Report of the Indian Hemp Drugs Commission, 1894-1895 - Volume VI
Year: 1894
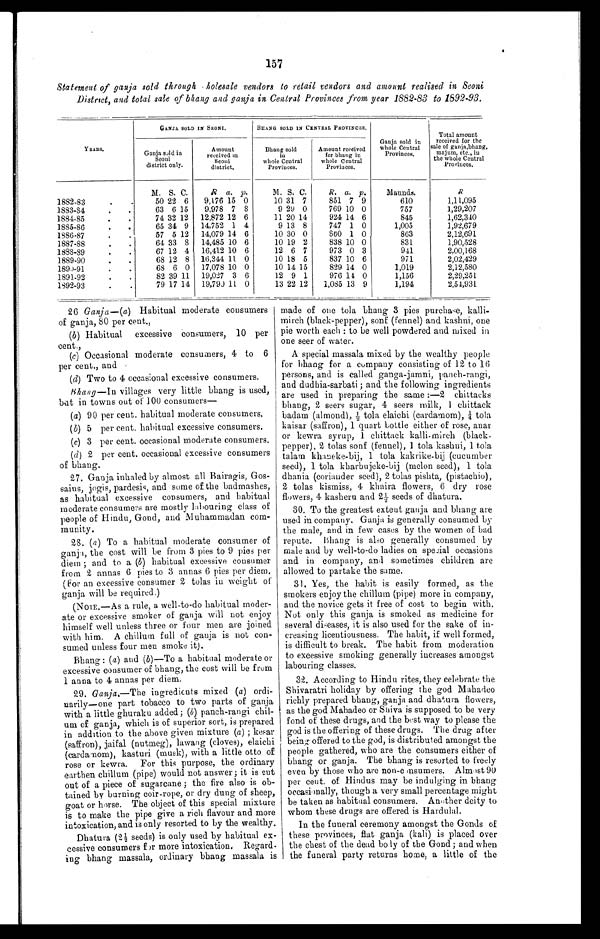
157
Statement of ganja sold through holesale vendors to retail vendors and amount realised in Seoni
District, and total sale of bhang and ganja in Central Provinces from year 1882-83 to 1892-93.
YEARS.
GANJA SOLD IN SEONI.
BIIANG SOLD IN CENTRAL PROVINCES.
Ganja sold in
whole Central
Provinces.
Total amount
received for the
sale of ganja,bhang
majum, etc., in
the whole Central
Provinces.
Ganja sold in
Seoni
district only.
A mount
received in
Seoni
district.
Bhang sold
in
whole Central
Provinces.
Amount received
for bhang in
whole Central
Provinces.
M. S. C.
R
a . p.
M. S. C.
R. a. p .
Maunds.
R
1882-83 . . .
50 22 6
9,176 15 0
10 31 7
851 7 9
610
1,11,095
1883-84. . .
63 6 15
9,978 7 8
9 29 0
769 10 0
757
1,29,207
1884-85. . .
74 32 12
12,872 12 6
11 20 14
924 14 6
845
1,62,340
1885-86. . .
65 34 9
14,752 1 4
9 13 8
747 1 0
1,005
1,92,679
1886-87. . .
57 5 12
14,079 14 6
10 30 0
860 1 0
863
2,12,691
1887-88. . .
64 33 8
14,485 10 6
10 19 2
838 10 0
831
1,90,528
1888-89. . .
67 12 4
16,412 10 6
12 6 7
973 0 3
941
2,00,168
1889-90. . .
68 12 8 16,344 11 0
10 18 5
837 10 6
971
2,02,429
1890-91. . .
68 6 0 17,078 10 0
10 14 15
829 14 0
1,019
2,12,580
1891-92 . . .
82 39 11 19,027 3 6
12 9 1
976 11 0
1,156
2,29,251
1892-93. . .
79 17 14 19,790 11 0
13 22 12
1,085 13 9
1,194
2,54,931
26 Ganja—( a ) Habitual moderate consumers
of ganja, 80 per cent.,
(b) Habitual excessive consumers, 10 per
cent.,
(c) Occasional moderate consumers, 4 to 6
per cent., and
(d) Two to 4 occasional excessive consumers.
Bhang—In villages very little bhang is used,
but in towns out of 100 consumers—
( a ) 90 per cent. habitual moderate consumers,
(b ) 5 per cent. habitual excessive consumers.
(c) 3 per cent. occasional moderate consumers.
(d) 2 per cent. occasional excessive consumers
of bhang.
27. Ganja inhaled by almost all Bairagis, Gos
- s a i n s , j o g i s , p a r d e s i s , a n d s o m e o f t h e b a d m a s h e s ,
as habitual excessive consumers, and habitual
moderate consumers are mostly labouring class of
people of Hindu, Gond, and Muhammadan com-
- m u n i t y .
28. ( a ) To a habitual moderate consumer of
ganja, the cost will be from 3 pies to 9 pies per
diem; and to a (b ) habitual excessive consumer
from 2 annas 6 pies to 3 annas 6 pies per diem.
(For an excessive consumer 2 tolas in weight of
ganja will be required.)
(NOTE.—As a rule, a well-to-do habitual moder--
ate or excessive smoker of ganja will not enjoy
himself well unless three or four men are joined
with him. A chillum full of ganja is not con--
sumed unless four men smoke it).
Bhang: (a) and (b)—To a habitual moderate or
excessive consumer of bhang, the cost will be from
1 anna to 4 annas per diem.
29. Ganja.—The ingredients mixed ( a ) ordi
- n a r i l y — o n e p a r t t o b a c c o t o t w o p a r t s o f g a n j a
with a little ghuraku added; ( b) panch-rangi chil--
um of ganja, which is of superior sort, is prepared
in addition to the above given mixture (a) ; kesar
(saffron), jaifal (nutmeg), lawang (cloves), elaichi
(cardamom), kasturi (musk), with a little otto of
rose or kewra. For this purpose, the ordinary
earthen chillum (pipe) would not answer; it is cut
out of a piece of sugarcane; the fire also is ob-
- t a i n e d b y b u r n i n g c o i r - r o p e , o r d r y d u n g o f s h e e p ,
goat or horse. The object of this special mixture
is to make the pipe give a rich flavour and more
intoxication, and is only resorted to by the wealthy.
Dhatura (2½seeds) is only used by habitual ex
-cessive consumers for more intoxication. Regard
- i n g b h a n g m a s s a l a , o r d i n a r y b h a n g m a s s a l a i s
made of one tola bhang 3 pies purchase, kalli--
mirch (black-pepper), sonf (fennel) and kashni, one
pie worth each: to be well powdered and mixed i n
one seer of water.
A special massala mixed by the wealthy people
for bhang for a company consisting of 12 to 16
persons, and is called ganga-jamni, panch-rangi,
and dudhia-sarbati; and the following ingredients
are used in preparing the same:—2 chittacks
bhang, 2 seers sugar, 4 seers milk, 1 chittack
badam (al mond), ½ tol a el ai chi (cardamom), ¼ tol a
kaisar (saffron), 1 quart bottle either of rose, anar
or kewra syrup, 1 chittack kalli-mirch (black
- p e p p e r ) , 2 t o l a s s o n f ( f e n n e l ) , 1 t o l a k a s h n i , 1 t o l a
talam khaneke-bij, 1 tola kakrike-bij (cucumber
seed), 1 tola kharbujeke-bij (melon seed), 1 tola
dhania (coriander seed), 2 tolas pishta, (pistachio),
2 tolas kismiss, 4 khaira flowers, 6 dry rose
flowers, 4 kasheru and 2½ seeds of dhatura.
30. To the greatest extent ganja and bhang are
used in company. Ganja is generally consumed by
the male, and in few eases by the women of bad
repute. Bhang is also generally consumed by
male and by well-to-do ladies on special occasions
and in company, and sometimes children are
allowed to partake the same.
31. Yes, the habit is easily formed, as the
smokers enjoy the chillum (pipe) more in company,
and the novice gets it free of cost to begin with.
Not only this ganja is smoked as medicine for
several di s eases, it is also used for the sake of in--
creasing licentiousness. The habit, if well formed,
is difficult to break. The habit from moderation
to excessive smoking generally increases amongst
labouring classes.
32. According to Hindu rites, they celebrate the
Shivaratri holiday by offering the god Mahadeo
richly prepared bhang, ganja and dhatura flowers,
as the god Mahadeo or Shiva is supposed to be very
fond of these drugs, and the best way to please the
god is the offering of these drugs. The drug after
being offered to the god, is distributed amongst the
people gathered, who are the consumers either of
bhang or ganja. The bhang is resorted to freely
even by those who are non-consumers. Almost 90
per cent. of Hindus may be indulging in bhang
occasionally, though a very small percentage might
be taken as habitual consumers. Another deity to
whom these drugs are offered is Hardulal.
In the funeral ceremony amongst the Gonds of
these provinces, flat ganja (kali) is placed over
the chest of the dead boly of the Gond; and when
the funeral party returns home, a little of the